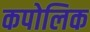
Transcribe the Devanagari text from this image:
कपोलिक